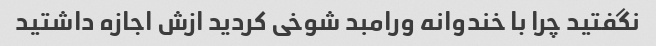
نگفتید چرا با خندوانه ورامبد شوخی کردید ازش اجازه داشتید